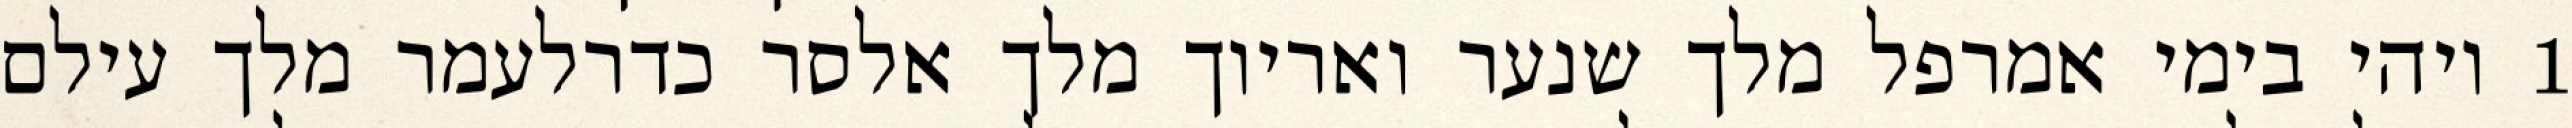
1 ויהי בימי אמרפל מלך שנער ואריוך מלך אלסר כדרלעמר מלך עילם